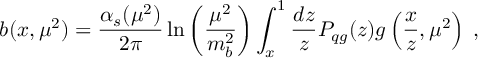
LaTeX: b ( x , \mu ^ { 2 } ) = \frac { \alpha _ { s } ( \mu ^ { 2 } ) } { 2 \pi } \ln \left( \frac { \mu ^ { 2 } } { m _ { b } ^ { 2 } } \right) \int _ { x } ^ { 1 } \frac { d z } { z } P _ { q g } ( z ) g \left( \frac { x } { z } , \mu ^ { 2 } \right) \; ,